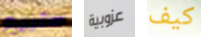
ستبيع عزوبية كيف